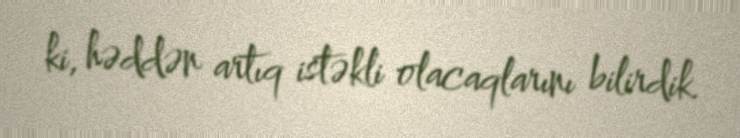
ki, həddən artıq istəkli olacaqlarını bilirdik.